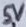
Text: 5V